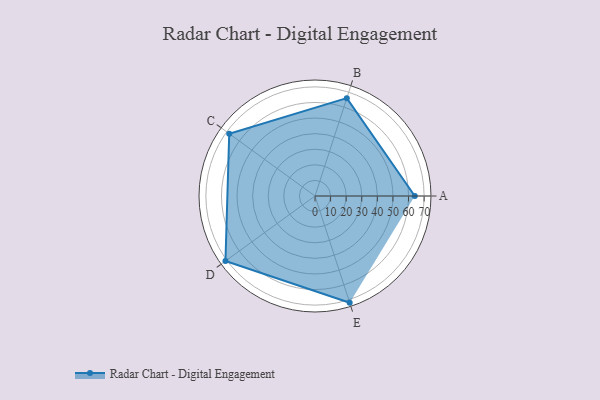
{"axis": {"x": "Skill", "y": "Score"}, "legend": ["Profile"], "data": [{"x": "A", "y": 64.0, "type": "Profile"}, {"x": "B", "y": 66.0, "type": "Profile"}, {"x": "C", "y": 68.0, "type": "Profile"}, {"x": "D", "y": 71.0, "type": "Profile"}, {"x": "E", "y": 72.0, "type": "Profile"}]}